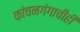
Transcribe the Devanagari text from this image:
कांचनगंगाचीही